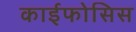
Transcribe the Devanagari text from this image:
काईफोसिस